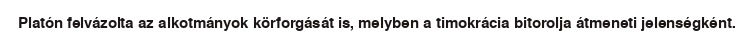
Platón felvázolta az alkotmányok körforgását is, melyben a timokrácia bitorolja átmeneti jelenségként.